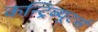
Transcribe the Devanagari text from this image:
कन्ट्रिब्यूटर्स